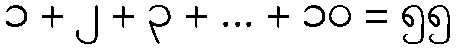
၁ + ၂ + ၃ + ... + ၁၀ = ၅၅